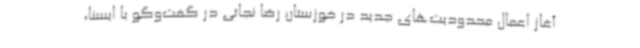
آغاز اعمال محدودیت‌های جدید در خوزستان رضا نجاتی در گفت‌وگو با ایسنا،